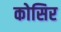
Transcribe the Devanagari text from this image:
कोसिर